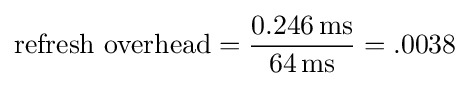
{\text{refresh overhead}}={\frac {0.246\,{\text{ms}}}{64\,{\text{ms}}}}=.0038